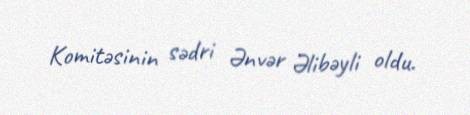
Komitəsinin sədri Ənvər Əlibəyli oldu.